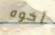
أخوه